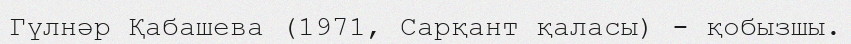
Гүлнәр Қабашева (1971, Сарқант қаласы) - қобызшы.